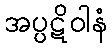
အပ္ပဋိဝါနံ